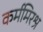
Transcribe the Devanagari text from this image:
कर्ममिरश्र